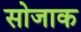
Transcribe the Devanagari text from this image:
सोजाक